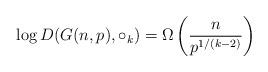
LaTeX: \begin{align*} \log D(G(n, p), \circ_{k}) = \Omega\left(\frac{n}{p^{1/(k-2)}}\right)\end{align*}